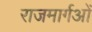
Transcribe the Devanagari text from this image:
राजमार्गओं